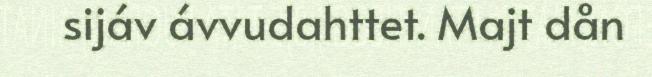
sijáv ávvudahttet. Majt dån